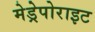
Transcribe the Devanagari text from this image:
मेड्रेपोराइट